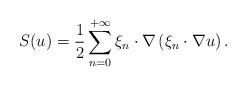
LaTeX: \begin{align*} S(u)=\frac{1}{2} \sum_{n=0}^{+\infty} \xi_{n} \cdot \nabla \left( \xi_{n} \cdot \nabla u \right) .\end{align*}